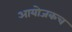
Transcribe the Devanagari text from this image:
आयोजकच